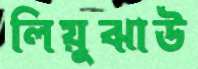
লিয়ুঝাউ